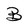
Character: B